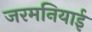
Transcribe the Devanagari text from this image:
जरमनियाई